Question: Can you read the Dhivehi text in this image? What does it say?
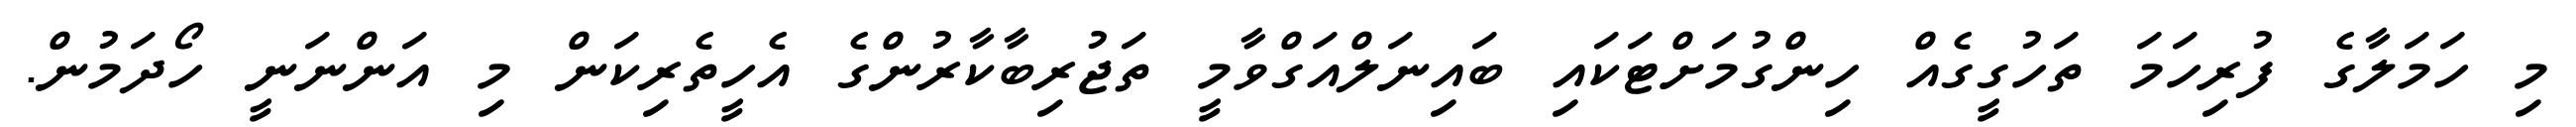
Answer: މި ހަމަލާގެ ފުރިހަމަ ތަހުގީގެއް ހިންގުމަށްޓަކައި ބައިނަލްއަގްވާމީ ތަޖުރިބާކާރުންގެ އެހީތެރިކަން މި އަންނަނީ ހޯދަމުން.